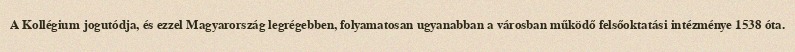
A Kollégium jogutódja, és ezzel Magyarország legrégebben, folyamatosan ugyanabban a városban működő felsőoktatási intézménye 1538 óta.